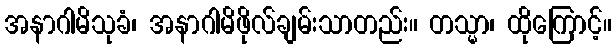
အနာဂါမိသုခံ၊ အနာဂါမိဖိုလ်ချမ်းသာတည်း။ တသ္မာ၊ ထိုကြောင့်။